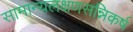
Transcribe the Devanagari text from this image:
सामान्यलक्षणसन्निकर्ष